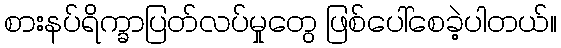
စားနပ်ရိက္ခာပြတ်လပ်မှုတွေ ဖြစ်ပေါ်စေခဲ့ပါတယ်။